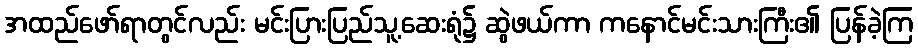
အထည်ဖော်ရာတွင်လည်း မင်းပြားပြည်သူ့ဆေးရုံ၌ ဆွဲဖယ်ကာ ကနောင်မင်းသားကြီး၏ ပြန်ခဲ့ကြ